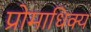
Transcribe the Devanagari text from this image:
प्रोमाधिक्य